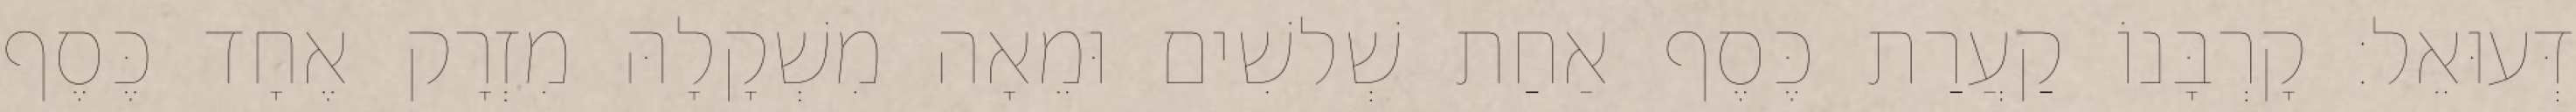
דְּעוּאֵל׃ קָרְבָּנוֹ קַעֲרַת כֶּסֶף אַחַת שְׁלשִׁים וּמֵאָה מִשְׁקָלָהּ מִזְרָק אֶחָד כֶּסֶף